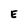
Character: E